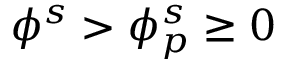
\phi ^ { s } > \phi _ { p } ^ { s } \ge 0